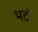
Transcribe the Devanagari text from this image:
भटो